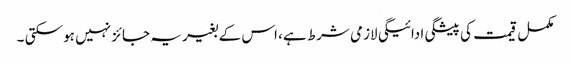
مکمل قیمت کی پیشگی ادائیگی لازمی شرط ہے، اس کے بغیر یہ جائز نہیں ہو سکتی ۔